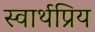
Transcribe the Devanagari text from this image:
स्वार्थप्रिय